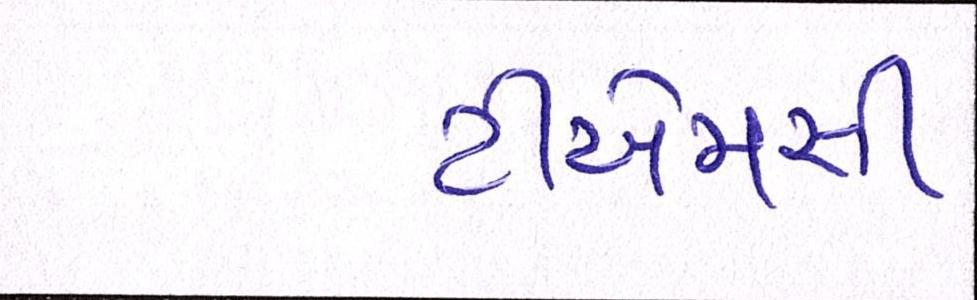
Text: ટીએમસી